Report on lock hospitals in British Burma
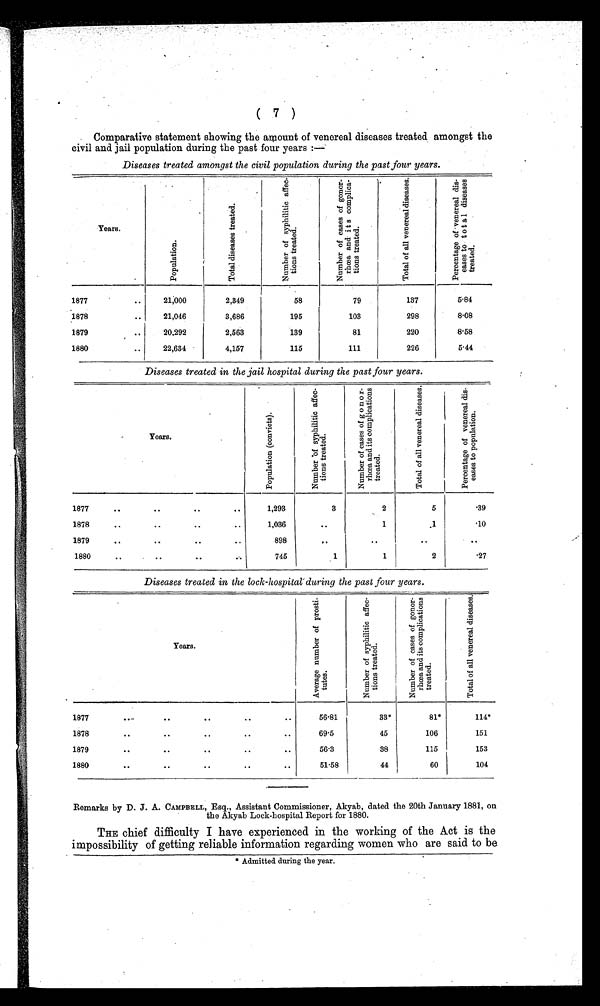
Comparative statement showing the amount of venereal diseases treated amongst the
civil and jail population during the past four years :—
Diseases treated amongst the civil population during the past four years.
Years.
P o p u l a t i o n
T o t a l d i s e a s e s t r e a t e d .
N u m b e r o f s y p h i l i t i c a f f e c -
t i o n s t r e a t e d .
N u m b e r o f c a s e s o f g o n o r -
r h œa a n d i t s c o mp l i c a -
t i ons t r eat ed.
T o t a l o f a l l v e n e r e a l d i s e a s e s .
P e r c e n t a g e o f v e n e r e a l d i s -
e a s e s t o t o t a l d i s e a s e s
t r e a t e d .
1877
..
21,000
2,349
58
79
137
5.84
1878
..
21,046
3,686
195
103
298
8.08
1879
..
20,292
2,563
139
81
220
8.58
1880
..
22,634
4,157
115
111
226
5.44
Diseases treated in the jail hospital during the past four years.
Y e a r s .
P o p u l a t i o n ( c o n v i c t s ) .
N u m b e r o f s y p h i l i t i c a f f e c -
t i o n s t r e a t e d .
N u m b e r o f c a s e s o f g o n o r -
r h œ a a n d i t s c o m p l i c a t i o n s
t r e a t e d .
T o t a l o f a l l v e n e r e a l d i s e a s e s .
P e r c e n t a g e o f v e n e r e a l d i s -
e a s e s t o p o p u l a t i o n .
1877
. .
. .
..
..
1,293
3
2
5
.39
1878
..
..
..
..
1,036
..
1
1
.10
1879
. .
. .
. .
. .
898
. .
. .
. .
. .
1880
. .
..
. .
..
745
1
1
2
.27
Diseases treated in the lock-hospital during the past four years.
Years.
A v e r a g e n u m b e r o f p r o s t i -
t u t e s .
N u m b e r o f s y p h i l i t i c a f f e c -
t i o n s t r e a t e d .
N u m b e r o f c a s e s o f g o n o r -
r h œ a a n d i t s c o m p l i c a t i o n s
t r e a t e d .
T o t a l o f a l l v e n e r e a l d i s e a s e s .
1877
..
..
..
..
..
56.81
33*
81*
114*
1878
..
..
..
..
..
69.5
45
106
151
1879
..
..
..
..
..
56.3
38
115
153
1880
..
..
..
..
..
51.58
44
60
104
Remarks by D. J. A. CAMPBELL, Esq., Assistant Commissioner, Akyab, dated the 20th January 1881, on
the Akyab Lock-hospital Report for 1880.
THE chief difficulty I have experienced in the working of the Act is the
impossibility of getting reliable information regarding women who are said to be
* Admitted during the year.